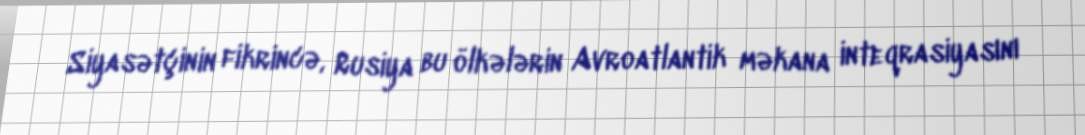
Siyasətçinin fikrincə, Rusiya bu ölkələrin Avroatlantik məkana inteqrasiyasını